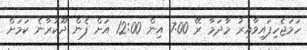
ހަމަޖެހިފައިވާއިރު މާދަމާ ރޭ 7:00 އިން 12:00 އަށް ފެން ދޫކުރާނެ ކަމަށް